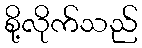
စို့လိုက်သည်